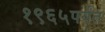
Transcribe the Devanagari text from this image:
१९६५पर्यंत